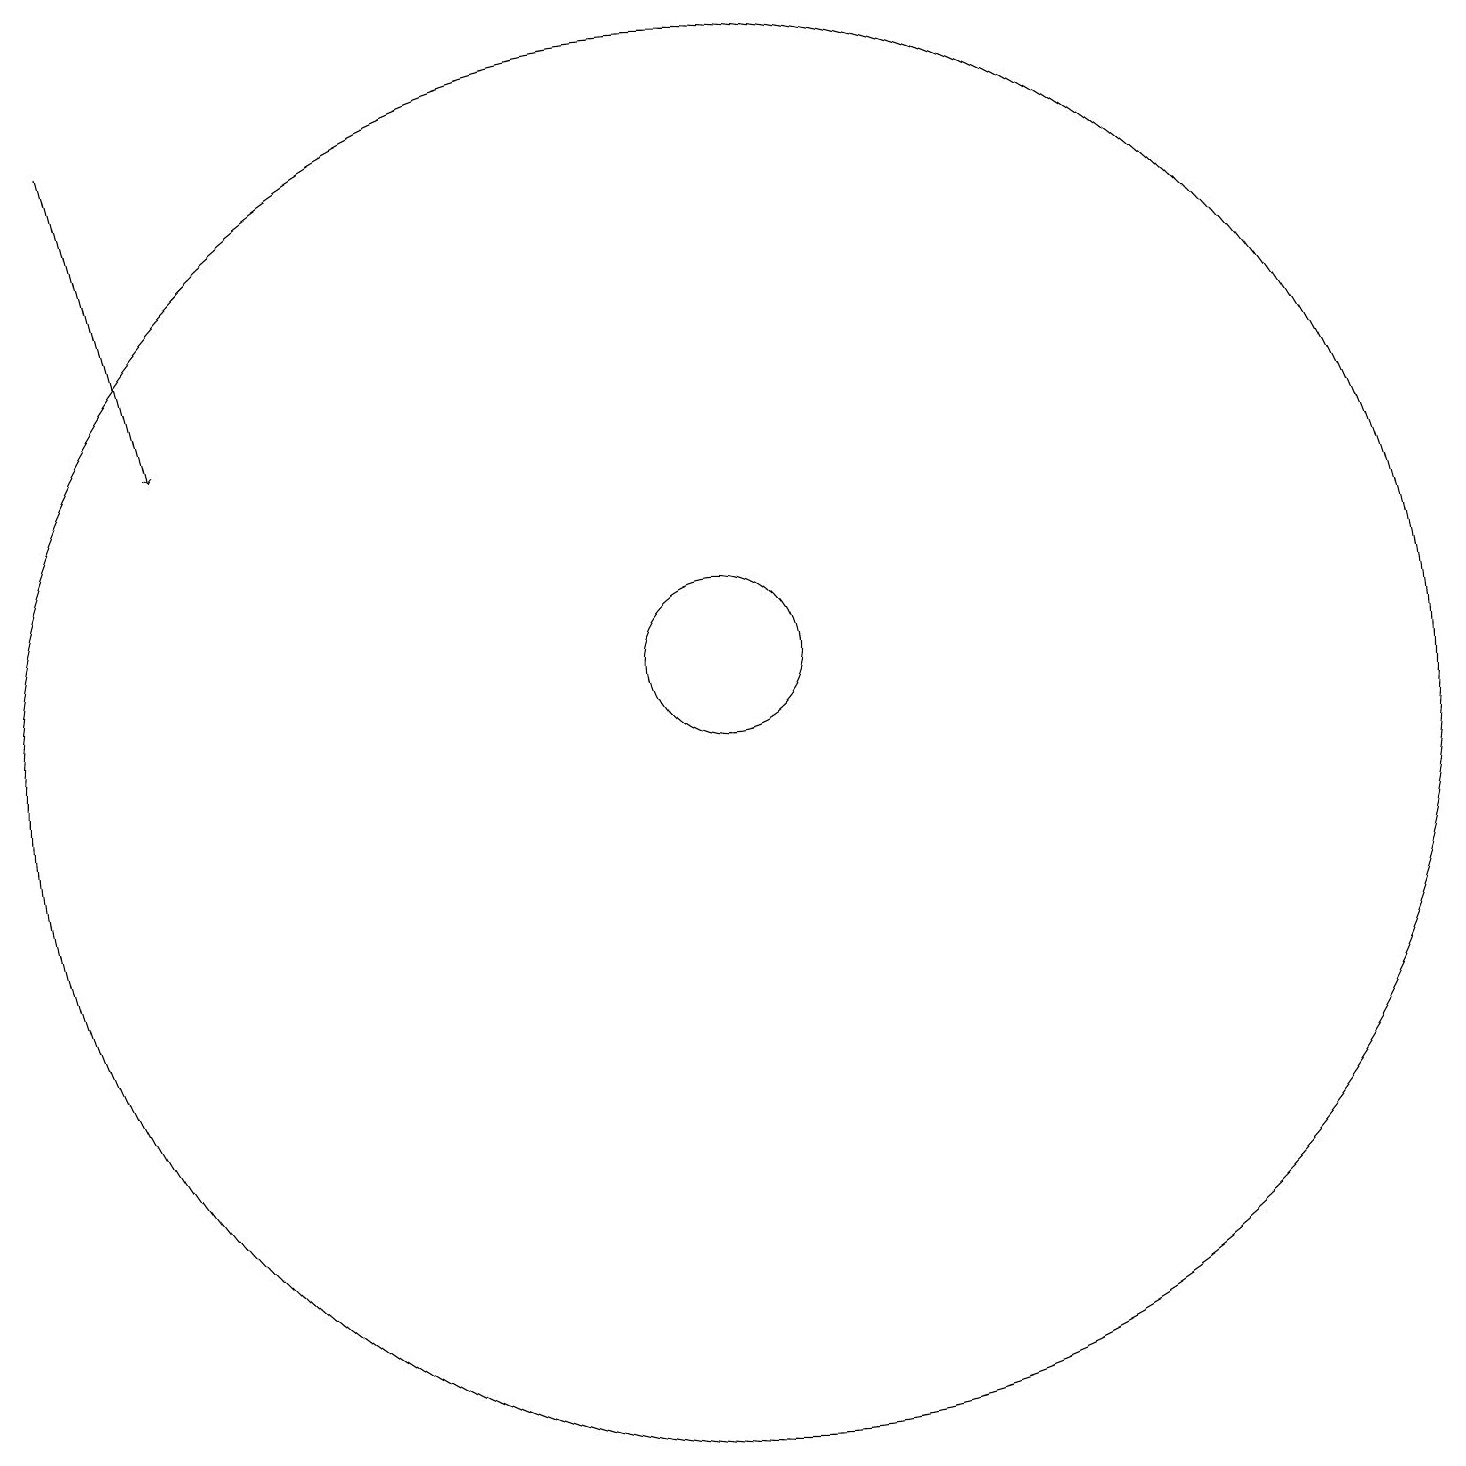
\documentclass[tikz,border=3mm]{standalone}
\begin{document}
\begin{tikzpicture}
\draw[->] (2,19) -- (3,15);
\draw (10,11) circle (9);
\draw (10,12) circle (1);
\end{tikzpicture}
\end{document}